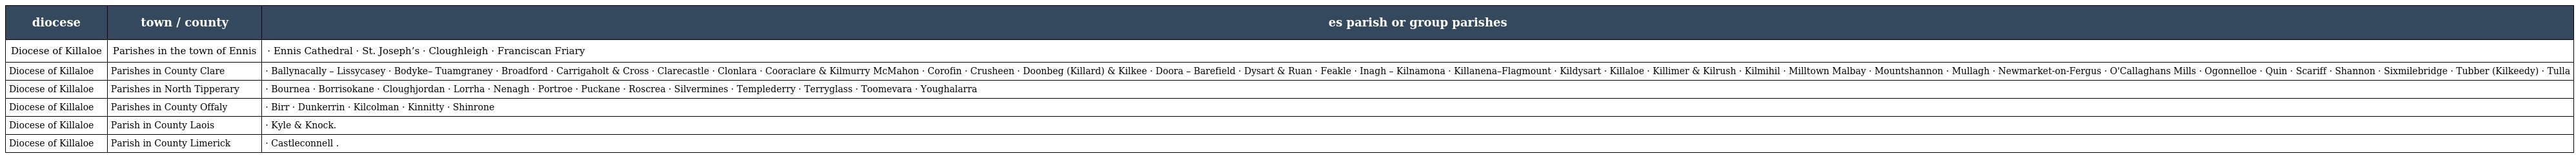
| diocese | town / county | es parish or group parishes |
 | --- | --- | --- |
 | Diocese of Killaloe | Parishes in the town of Ennis | · Ennis Cathedral · St. Joseph’s · Cloughleigh · Franciscan Friary |
 | Diocese of Killaloe | Parishes in County Clare | · Ballynacally – Lissycasey · Bodyke– Tuamgraney · Broadford · Carrigaholt & Cross · Clarecastle · Clonlara · Cooraclare & Kilmurry McMahon · Corofin · Crusheen · Doonbeg (Killard) & Kilkee · Doora – Barefield · Dysart & Ruan · Feakle · Inagh – Kilnamona · Killanena–Flagmount · Kildysart · Killaloe · Killimer & Kilrush · Kilmihil · Milltown Malbay · Mountshannon · Mullagh · Newmarket-on-Fergus · O'Callaghans Mills · Ogonnelloe · Quin · Scariff · Shannon · Sixmilebridge · Tubber (Kilkeedy) · Tulla |
 | Diocese of Killaloe | Parishes in North Tipperary | · Bournea · Borrisokane · Cloughjordan · Lorrha · Nenagh · Portroe · Puckane · Roscrea · Silvermines · Templederry · Terryglass · Toomevara · Youghalarra |
 | Diocese of Killaloe | Parishes in County Offaly | · Birr · Dunkerrin · Kilcolman · Kinnitty · Shinrone |
 | Diocese of Killaloe | Parish in County Laois | · Kyle & Knock. |
 | Diocese of Killaloe | Parish in County Limerick | · Castleconnell . |